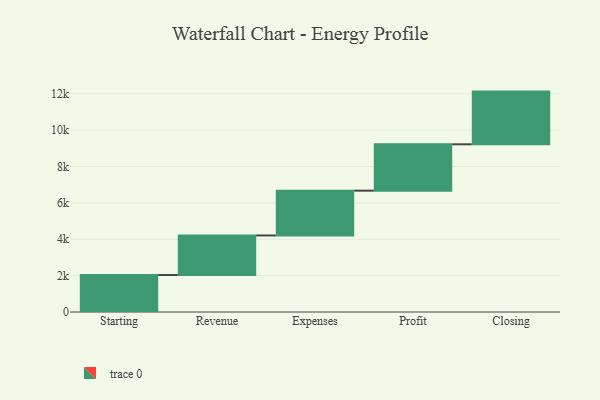
{"axis": {"x": "Step", "y": "Value"}, "legend": [""], "data": [{"x": "Starting", "y": 2033.0, "type": ""}, {"x": "Revenue", "y": 2176.0, "type": ""}, {"x": "Expenses", "y": 2464.0, "type": ""}, {"x": "Profit", "y": 2550.0, "type": ""}, {"x": "Closing", "y": 2898.0, "type": ""}]}